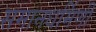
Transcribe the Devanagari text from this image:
समानधर्मिणी